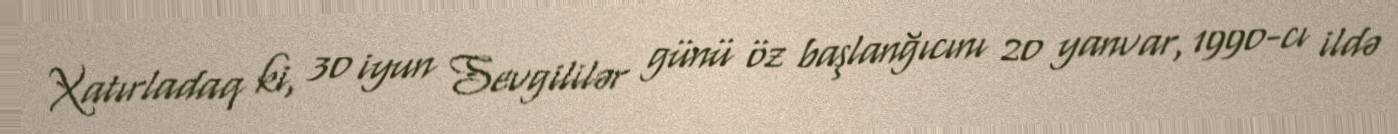
Xatırladaq ki, 30 iyun Sevgililər günü öz başlanğıcını 20 yanvar, 1990-cı ildə